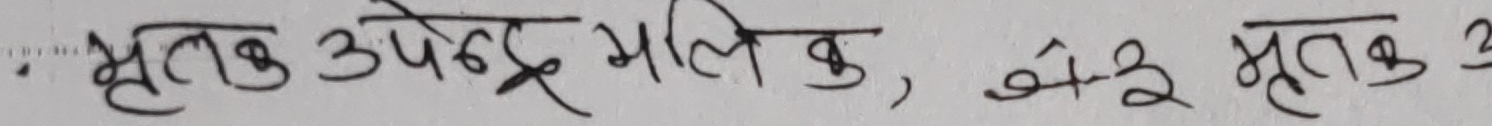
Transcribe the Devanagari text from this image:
मृतक उपेन्द्र मालिक, ४२ मृतक ३